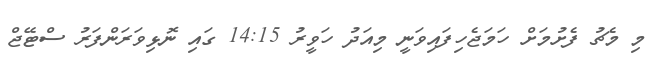
މި މެޗު ފެށުމަށް ހަމަޖެހިފައިވަނީ މިއަދު ހަވީރު 14:15 ގައި ނޮޅިވަރަންފަރު ސްޓޭޖް